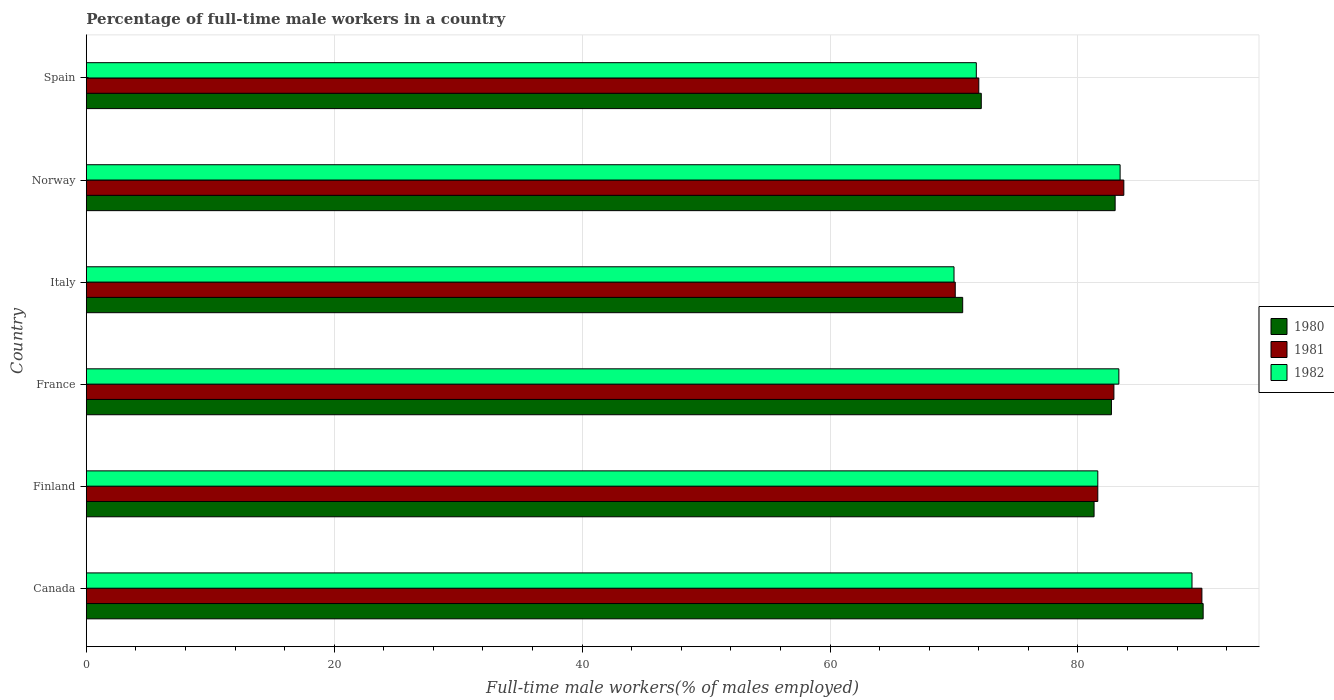
| Country | 1980 | 1981 | 1982 |
 | --- | --- | --- | --- |
 | Canada | 90.1 | 90 | 89.2 |
 | Finland | 81.3 | 81.6 | 81.6 |
 | France | 82.7 | 82.9 | 83.3 |
 | Italy | 70.7 | 70.1 | 70 |
 | Norway | 83 | 83.7 | 83.4 |
 | Spain | 72.2 | 72 | 71.8 |